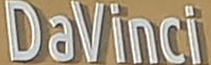
DaVinci